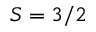
S = 3 / 2